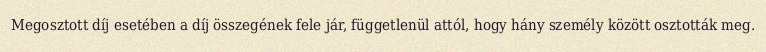
Megosztott díj esetében a díj összegének fele jár, függetlenül attól, hogy hány személy között osztották meg.